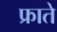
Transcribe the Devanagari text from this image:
फ्राते